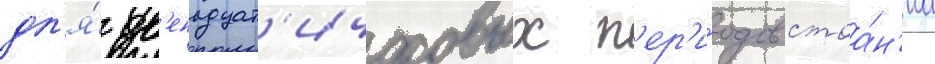
дл'я́ дв'енадцат'ичасовых п'ер'и́одов стоа́н'иа